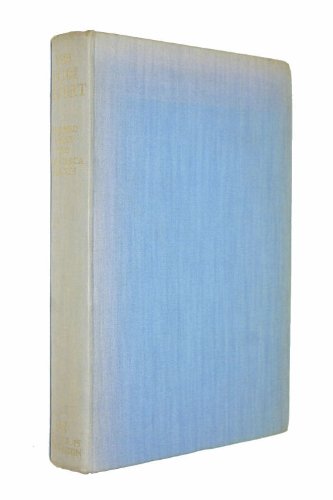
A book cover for The Gobi desert; Mildred Cable; Travel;